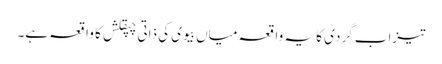
تیزاب گردی کا یہ واقعہ میاں بیوی کی ذاتی چپقلش کا واقعہ ہے۔